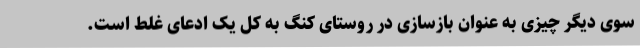
سوی دیگر چیزی به عنوان بازسازی در روستای کنگ به کل یک ادعای غلط است.